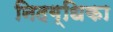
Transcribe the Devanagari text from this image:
निदग्धिका